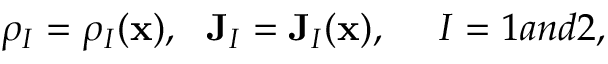
\rho _ { I } = \rho _ { I } ( \mathbf { x } ) , ~ ~ \mathbf { J } _ { I } = \mathbf { J } _ { I } ( \mathbf { x } ) , ~ ~ ~ ~ I = 1 a n d 2 ,